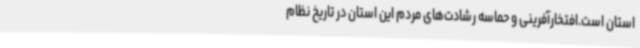
استان است.افتخارآفرینی و حماسه رشادت‌های مردم این استان در تاریخ نظام